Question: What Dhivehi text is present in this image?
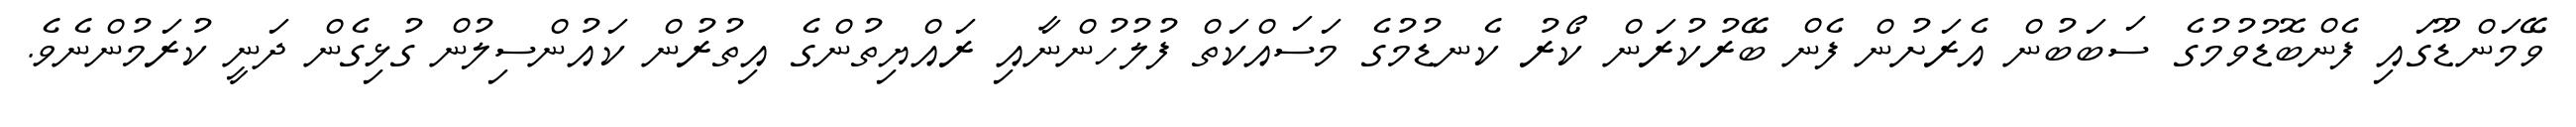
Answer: ވޭމަންޑޫގައި ފެންބޮޑުވުމުގެ ސަބަބުން އެރަށުން ފެން ބޭރުކުރަން ކޯރު ކެނޑުމުގެ މަސައްކަތް ފުލުހުންނާއި ރައްޔިތުންގެ އިތުރުން ކައުންސިލުން ގުޅިގެން ދަނީ ކުރަމުންނެވެ.